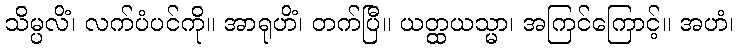
သိမ္ပလိံ၊ လက်ပံပင်ကို။ အာရုဟိံ၊ တက်ပြီ။ ယတ္ထယသ္မာ၊ အကြင်ကြောင့်။ အဟံ၊